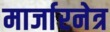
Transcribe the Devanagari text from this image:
मार्जारनेत्र